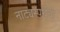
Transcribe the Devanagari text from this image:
नाट्यस्पर्धेची